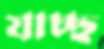
যাচ্ছ